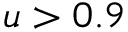
u > 0 . 9